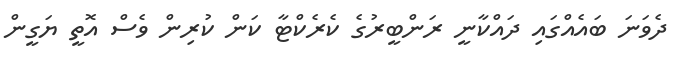
ދެވަނަ ބައެއްގައި ދައްކާނީ ރަންބީރުގެ ކެރެކްޓާ ކަން ކުރިން ވެސް އޮތީ ޔަގީން